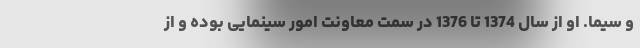
و سیما. او از سال 1374 تا 1376 در سمت معاونت امور سینمایی بوده و از